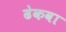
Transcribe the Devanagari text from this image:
ढेकवा